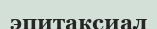
эпитаксиал